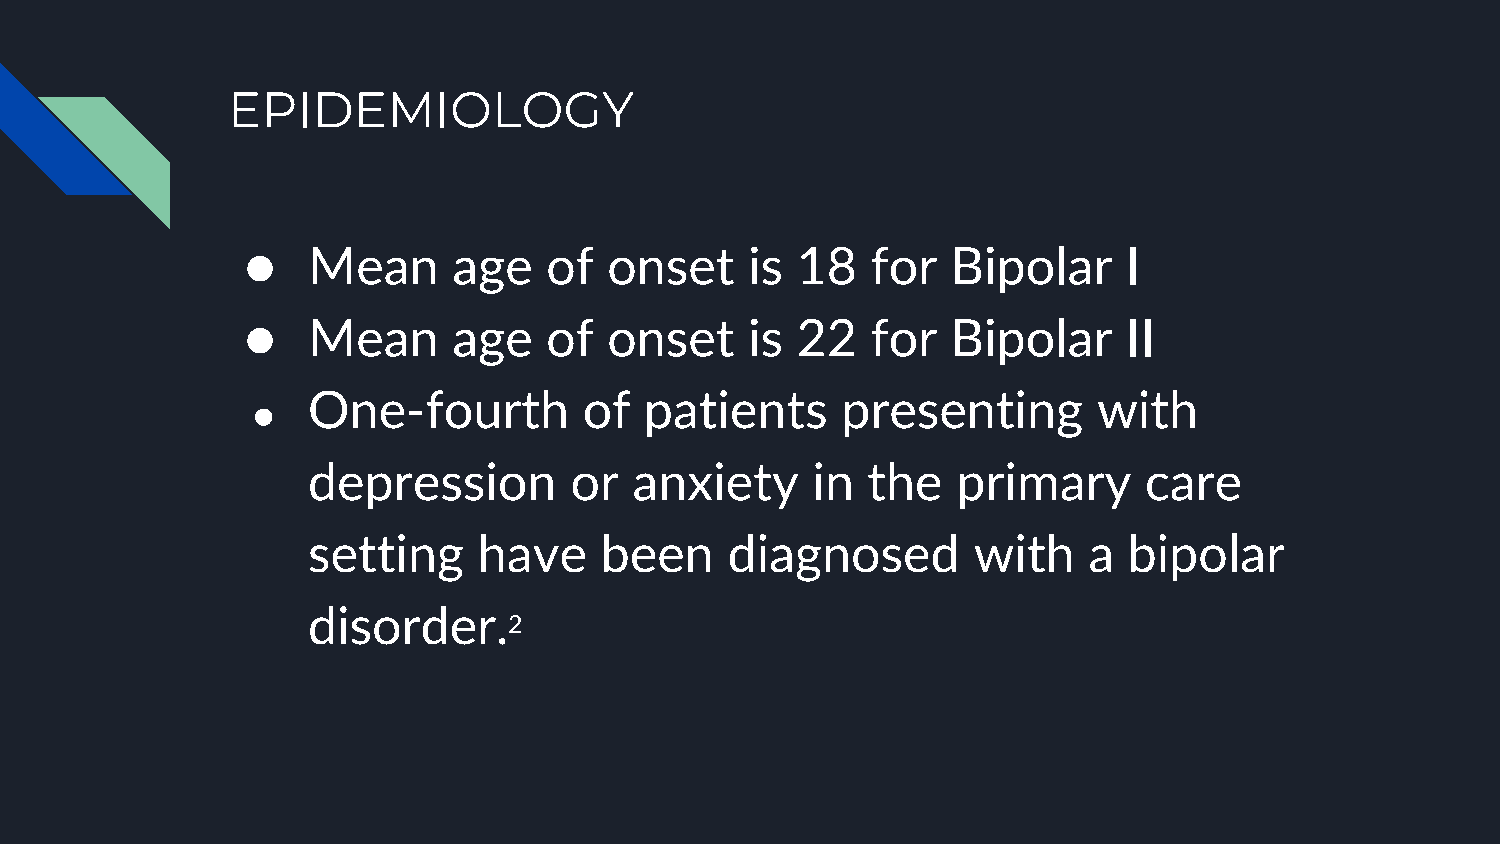
EPIDEMIOLOGY
 ●   Mean      age   of  onset     is 18   for  Bipolar     I
 ●   Mean      age   of  onset     is 22   for  Bipolar     II
 One-fourth         of  patients     presenting       with
 ●
 depression        or  anxiety     in the   primary      care
 setting     have    been    diagnosed       with    a  bipolar
 disorder.
 2